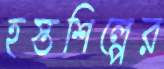
হস্তশিল্পের